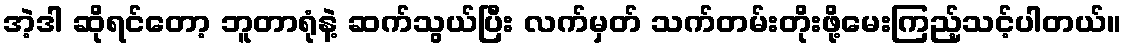
အဲ့ဒါ ဆိုရင်တော့ ဘူတာရုံနဲ့ ဆက်သွယ်ပြီး လက်မှတ် သက်တမ်းတိုးဖို့မေးကြည့်သင့်ပါတယ်။